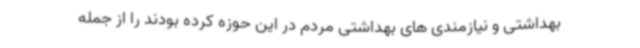
بهداشتی و نیازمندی های بهداشتی مردم در این حوزه کرده بودند را از جمله